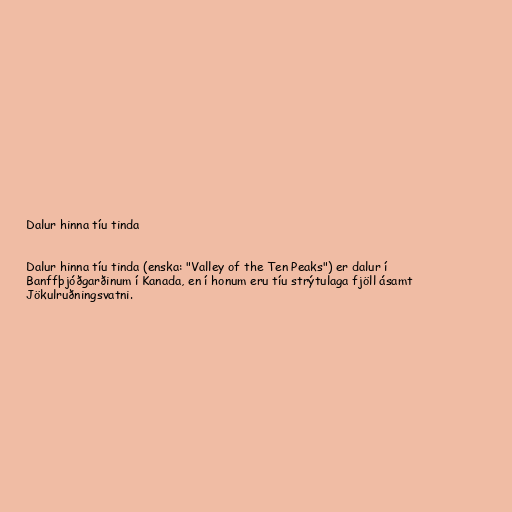
Dalur hinna tíu tinda

Dalur hinna tíu tinda (enska: "Valley of the Ten Peaks") er dalur í
Banffþjóðgarðinum í Kanada, en í honum eru tíu strýtulaga fjöll ásamt
Jökulruðningsvatni.